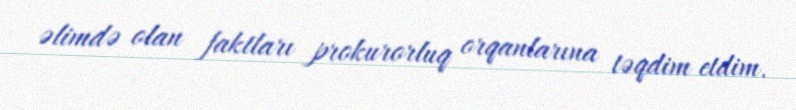
əlimdə olan faktları prokurorluq orqanlarına təqdim etdim.